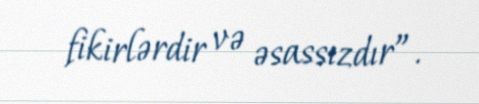
fikirlərdir və əsassızdır”.